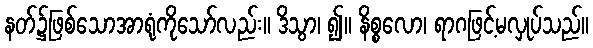
နတ်၌ဖြစ်သောအာရုံကိုသော်လည်း။ ဒိသွာ၊ ၍။ နိစ္စလော၊ ရာဂဖြင့်မလှုပ်သည်။